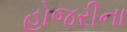
હોજરીના